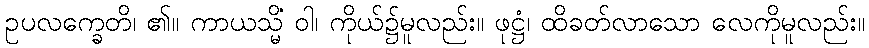
ဥပလက္ခေတိ၊ ၏။ ကာယသ္မိံ ဝါ၊ ကိုယ်၌မူလည်း။ ဖုဋ္ဌံ၊ ထိခတ်လာသော လေကိုမူလည်း။